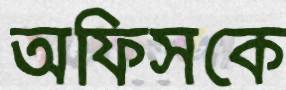
অফিসকে